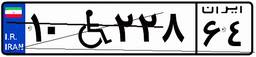
۱۰W۲۲۸۶۴